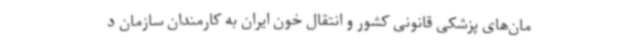
مان‌های پزشکی قانونی کشور و انتقال خون ایران به کارمندان سازمان د